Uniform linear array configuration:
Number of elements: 12
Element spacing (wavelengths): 0.5
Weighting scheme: blackman
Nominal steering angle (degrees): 60
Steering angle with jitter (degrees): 61.527
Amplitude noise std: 0.05
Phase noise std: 0.05

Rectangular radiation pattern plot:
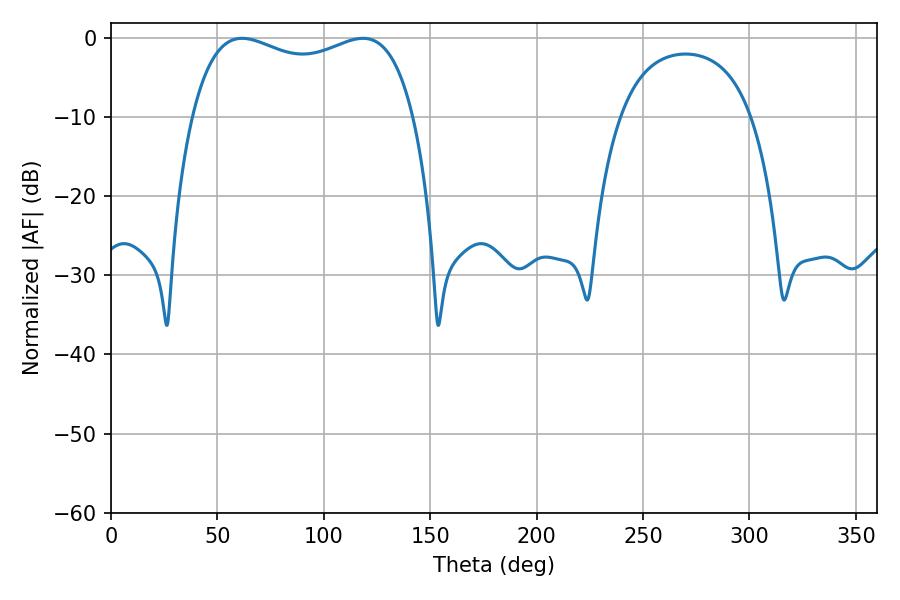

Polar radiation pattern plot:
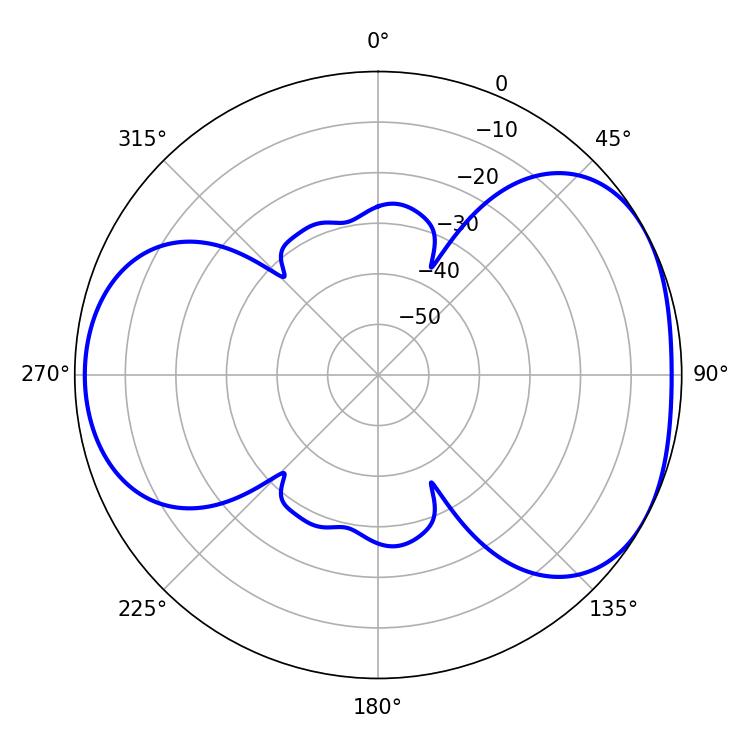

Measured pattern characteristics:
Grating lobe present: FALSE
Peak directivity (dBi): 4.509
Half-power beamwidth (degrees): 85.68
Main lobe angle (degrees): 61.56